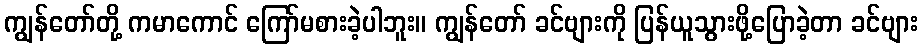
ကျွန်တော်တို့ ကမာကောင် ကြော်မစားခဲ့ပါဘူး။ ကျွန်တော် ခင်ဗျားကို ပြန်ယူသွားဖို့ပြောခဲ့တာ ခင်ဗျား